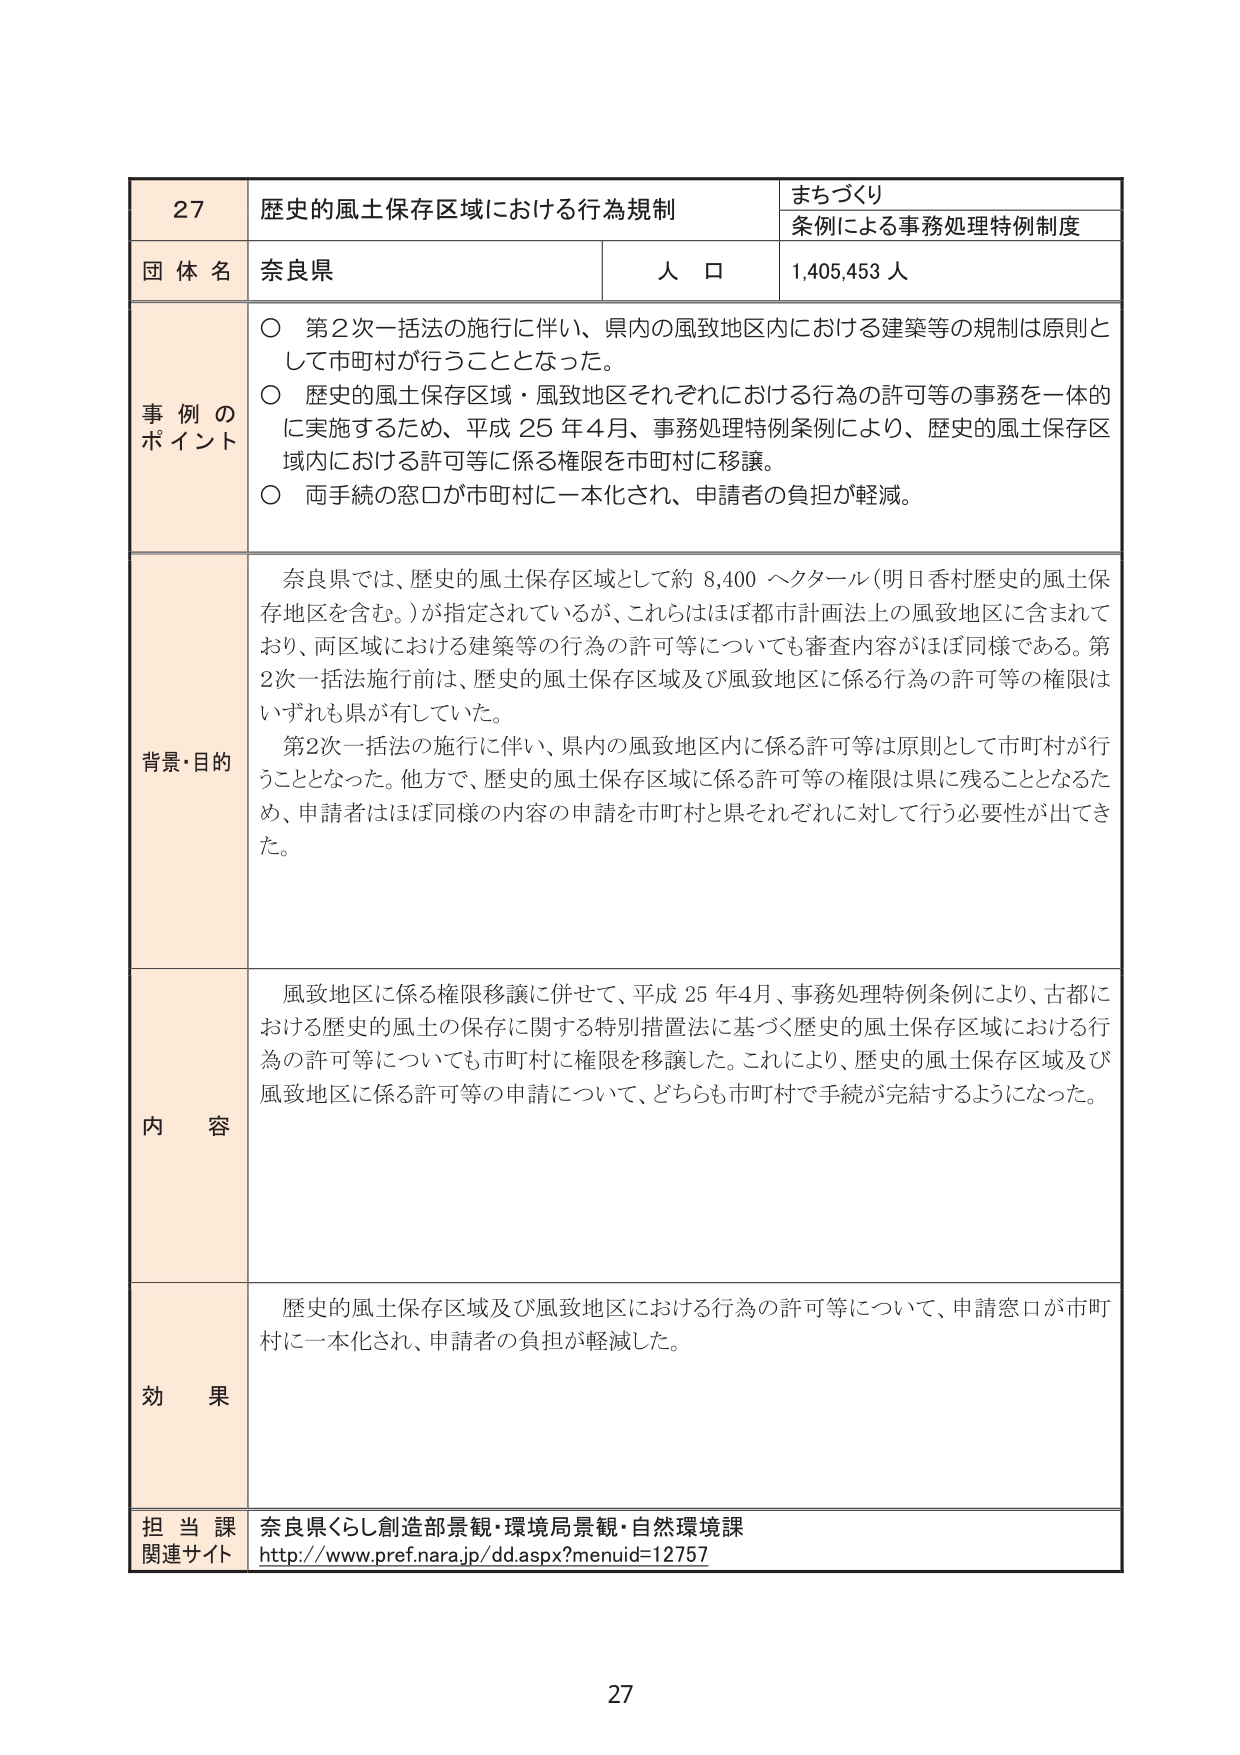
27
歴史的風土保存区域における行為規制
まちづくり
条例による事務処理特例制度
団体名
奈良県
人口
1,405,453人
事例のポイント
〇 第2次一括法の施行に伴い、県内の風致地区内における建築等の規制は原則として市町村が行うこととなった。
〇 歴史的風土保存区域・風致地区それぞれにおける行為の許可等の事務を一体的に実施するため、平成25年4月、事務処理特例条例により、歴史的風土保存区域内における許可等に係る権限を市町村に移譲。
〇 両手続の窓口が市町村に一本化され、申請者の負担が軽減。
背景・目的
奈良県では、歴史的風土保存区域として約8,400ヘクタール（明日香村歴史的風土保存地区を含む。）が指定されているが、これらはほぼ都市計画法上の風致地区に含まれており、両区域における建築等の行為の許可等についても審査内容がほぼ同様である。第2次一括法施行前は、歴史的風土保存区域及び風致地区に係る行為の許可等の権限はいずれも県が有していた。
第2次一括法の施行に伴い、県内の風致地区内に係る許可等は原則として市町村が行うこととなった。他方で、歴史的風土保存区域に係る許可等の権限は県に残ることとなるため、申請者はほぼ同様の内容の申請を市町村と県それぞれに対して行う必要性が出てきた。
内容
風致地区に係る権限移譲に併せて、平成25年4月、事務処理特例条例により、古都における歴史的風土の保存に関する特別措置法に基づく歴史的風土保存区域における行為の許可等についても市町村に権限を移譲した。これにより、歴史的風土保存区域及び風致地区に係る許可等の申請について、どちらも市町村で手続が完結するようになった。
効果
歴史的風土保存区域及び風致地区における行為の許可等について、申請窓口が市町村に一本化され、申請者の負担が軽減した。
担当課
奈良県くらし創造部景観・環境局景観・自然環境課
関連サイト
http://www.pref.nara.jp/dd.aspx?menuid=12757
27